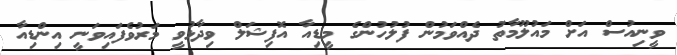
ވީނިއުސް އަށް މައުލޫމާތު ދެއްވަމުން ފުލުހުންގެ މީޑިއާ އޮފިޝަލް ވިދާޅުވީ މަރުވެފައިވަނީ އިންޑިއާ